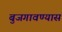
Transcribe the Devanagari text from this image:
बुजगावण्यास